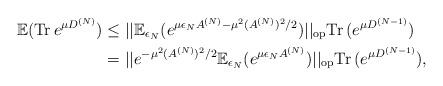
LaTeX: \begin{align*} \mathbb E ( {\rm Tr} \, e^{\mu D^{(N)}} ) & \le || \mathbb E _{ \epsilon_N} ( e^{\mu \epsilon_N A^{(N)} - \mu^2 (A^{(N)})^2/2} ) ||_{\rm op} {\rm Tr} \, (e^{\mu D^{(N-1)}}) \\ & = || e^{-\mu^2 (A^{(N)})^2/2} \mathbb E_{ \epsilon_N} ( e^{\mu \epsilon_N A^{(N)} }) ||_{\rm op} {\rm Tr} \, (e^{\mu D^{(N-1)}}) , \end{align*}